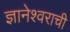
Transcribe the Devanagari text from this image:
ज्ञानेश्वराची